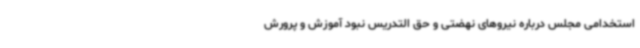
استخدامی مجلس درباره نیروهای نهضتی و حق التدریس نبود آموزش و پرورش